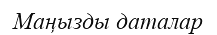
Маңызды даталар